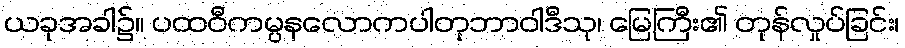
ယခုအခါ၌။ ပထဝီကမ္ပနလောကပါတုဘာဝါဒီသု၊ မြေကြီး၏ တုန်လှုပ်ခြင်း၊